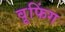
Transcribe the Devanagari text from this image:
वूफिंग